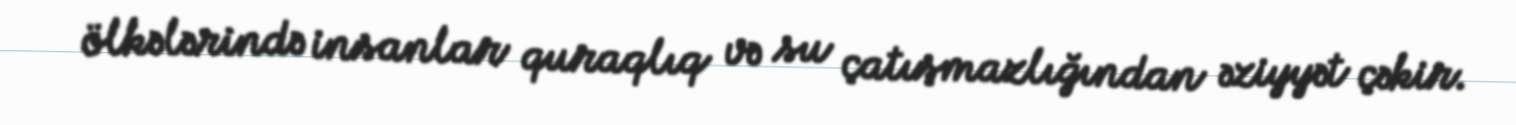
ölkələrində insanlar quraqlıq və su çatışmazlığından əziyyət çəkir.